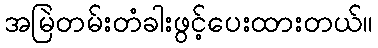
အမြဲတမ်းတံခါးဖွင့်ပေးထားတယ်။